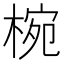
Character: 椀